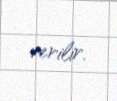
verilir.